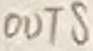
Text: OUTS